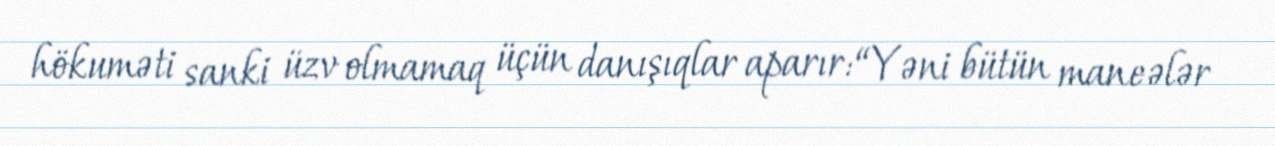
hökuməti sanki üzv olmamaq üçün danışıqlar aparır: “Yəni bütün maneələr